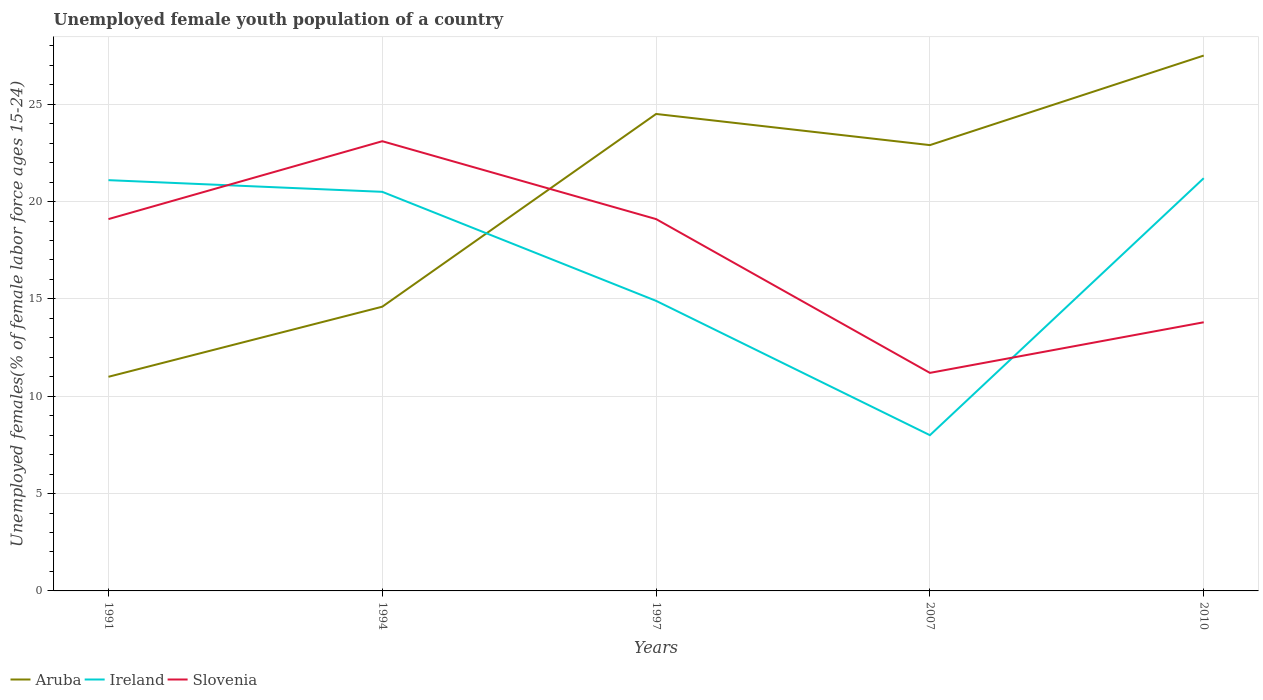
| Years | Aruba | Ireland | Slovenia |
 | --- | --- | --- | --- |
 | 1991 | 11 | 21.1 | 19.1 |
 | 1994 | 14.6 | 20.5 | 23.1 |
 | 1997 | 24.5 | 14.9 | 19.1 |
 | 2007 | 22.9 | 8 | 11.2 |
 | 2010 | 27.5 | 21.2 | 13.8 |